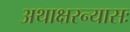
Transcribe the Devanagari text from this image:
अथाक्षरन्यासः